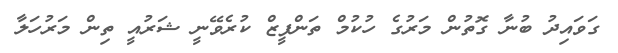
ގަވައިދު ބުނާ ގޮތުން މަރުގެ ހުކުމް ތަންފީޒް ކުރެވޭނީ ޝަރުއީ ތިން މަރުހަލާ